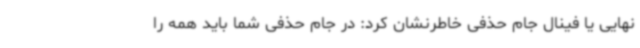
نهایی یا فینال جام حذفی خاطرنشان کرد: در جام حذفی شما باید همه را